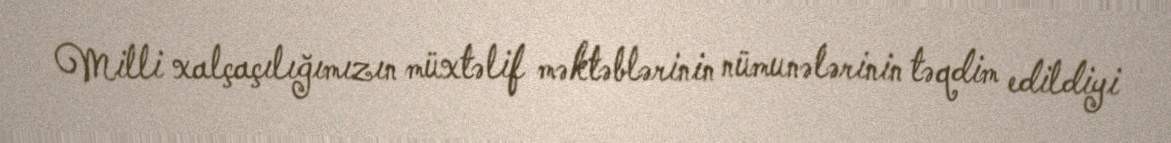
Milli xalçaçılığımızın müxtəlif məktəblərinin nümunələrinin təqdim edildiyi